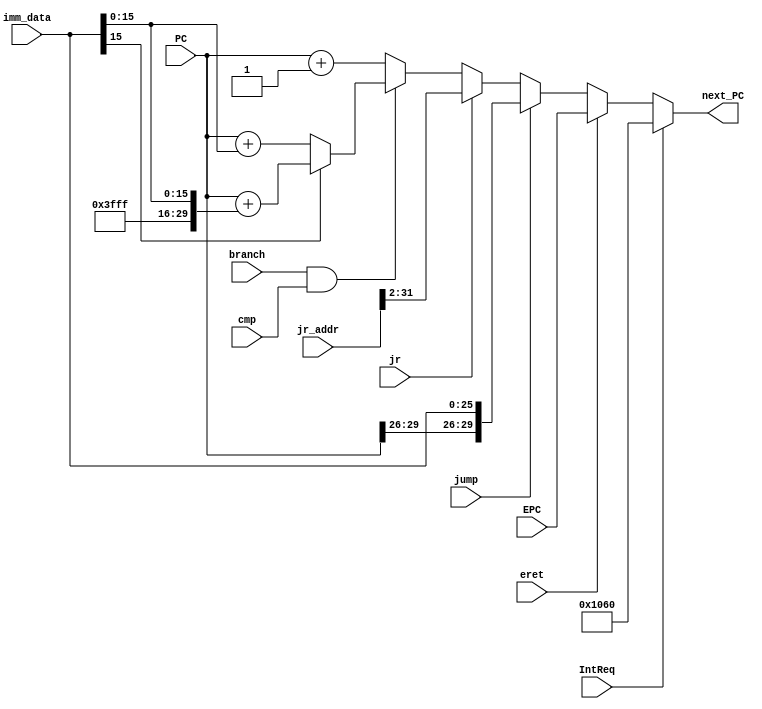
`timescale 1ns / 1ps
//////////////////////////////////////////////////////////////////////////////////
// Company: 
// Engineer: 
// 
// Design Name: 
// Module Name:    NPC 
// Project Name: 
// Target Devices: 
// Tool versions: 
// Description: 
//
// Dependencies: 
//
// Revision: 
// Revision 0.01 - File Created
// Additional Comments: 
//
//////////////////////////////////////////////////////////////////////////////////
module NPC(
	branch,cmp,jump,jr,IntReq,eret,
	imm_data,PC,jr_addr,EPC,
	next_PC
   );
	input branch,cmp,jump,jr,IntReq,eret;
	input[25:0]imm_data;
	input[31:2]PC,EPC;
	input[31:0]jr_addr;
	output[31:2]next_PC;
	
	assign 
		next_PC = (IntReq) ? 30'h1060 :
					 (eret) ? EPC :
					 (jump) ? {PC[31:28],imm_data} :
					 (jr) ? jr_addr[31:2] :
					 (branch && cmp) ? ((imm_data[15]) ? PC+{-14'b1,imm_data[15:0]} : PC+{14'b0,imm_data[15:0]}) : PC+30'b1;
		
endmodule